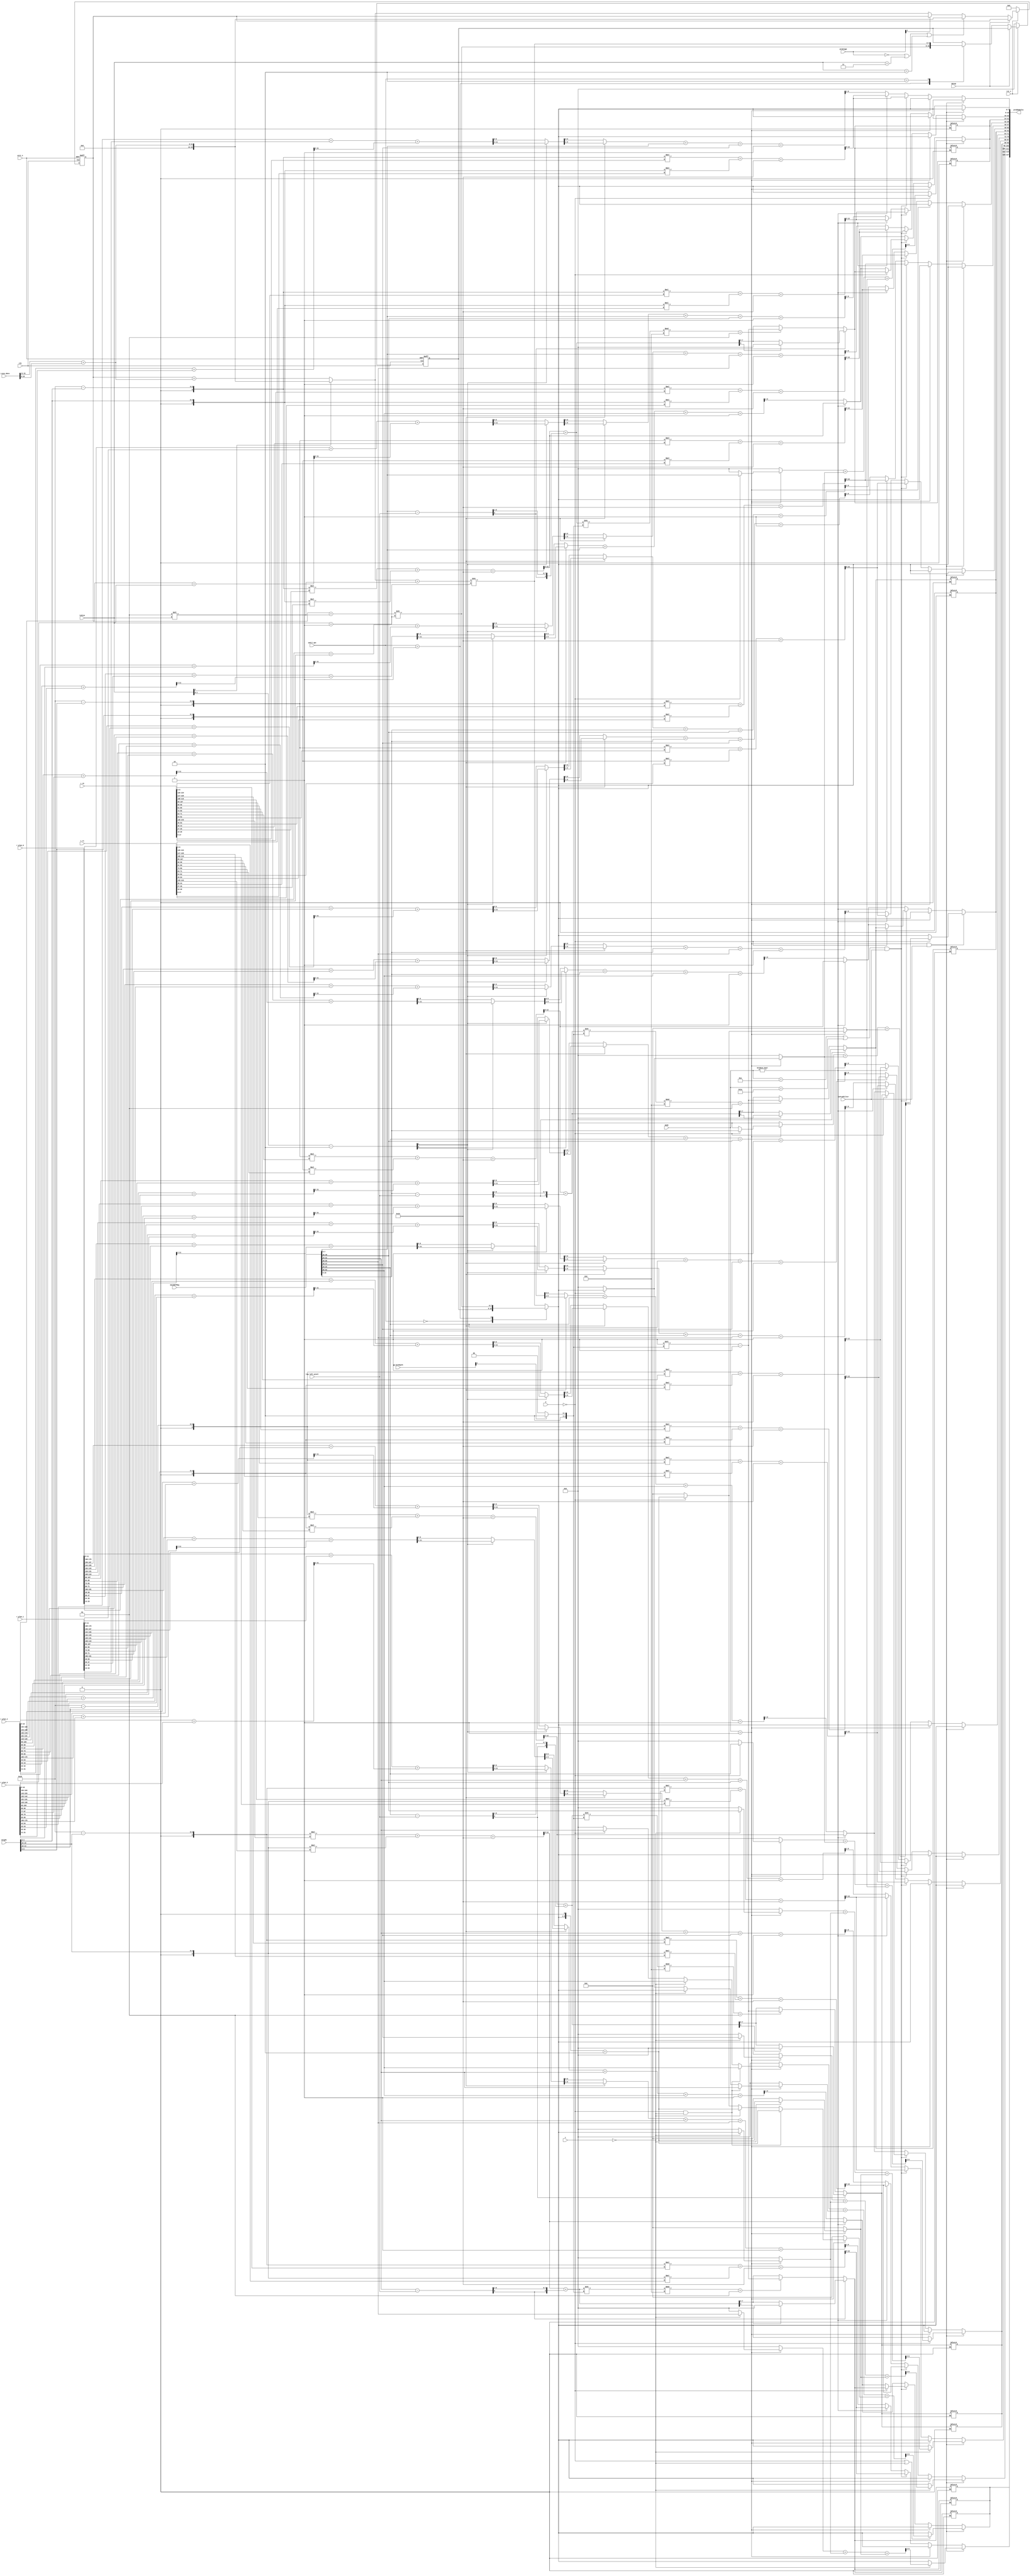
`timescale 1ns/1ps


module intra_pred_l2
#(
  parameter 				ref_size = 8,
  parameter					bitDepth=8,
  parameter 				ref_DW = bitDepth*ref_size,			// ref_size*8
  parameter 				ANG_BDEPTH = bitDepth+5,
  parameter 				PLA_2_BDEPTH = bitDepth+3
  )
(
	clk
	,arst_n
	,rst_n
	,bStop
	,weight
	,mainRefReg
	,predSamples
	,mode
	,top_left_pixel
	,X
	,Y
	,preStage
	,DC_xxxx_data
	,isPredFilter
	,tuSize
	,gp_bitDepth
	,r_r0
	,r_r1
//	,r_ang_0
//	,r_ang_1
	,r_plan_0
	,r_plan_1
	,r_plan_2
	,r_plan_3
	,unFil_opt
);


  input							clk,arst_n,rst_n,bStop;
  input [2:0] 					tuSize;
  input [ref_size*bitDepth-1:0] mainRefReg; //  8x8
  input [bitDepth-1:0] 			top_left_pixel;
  input [5:0] 					mode;
  input 						isPredFilter;
  input [3:0]					gp_bitDepth;
  input [3:0]					preStage;
  input [1:0]					unFil_opt;
  
  input [19:0] weight;
  reg [4:0] w[3:0] ;
 
  output  reg [(bitDepth)*16-1:0] predSamples;     //9 x 16
  reg [(bitDepth-1):0] refm [ref_size-1:0];
  input [2:0]  X,Y;
  input	[(bitDepth+3)*2-1:0]   	DC_xxxx_data;
  
  reg [bitDepth-1:0] predPixel [3:0][3:0];
  
  wire [3:0] bdepth_8_10 = gp_bitDepth[1]? 10:8;
  	
  input [(bitDepth+1)*16-1:0]		r_r0,r_r1;		
  input [(bitDepth+4)*16-1:0]	 	r_plan_0,r_plan_1; 
  input [PLA_2_BDEPTH*16-1:0]	 	r_plan_2; 
  input [PLA_2_BDEPTH*16-1:0]	 	r_plan_3; 
//  input [ANG_BDEPTH*16-1:0]	 		r_ang_0,r_ang_1; 
 
 
generate genvar k;
	for(k=0;k<ref_size;k=k+1)begin: xk
		always @(*) begin
			refm[k] =mainRefReg[bitDepth*8-1-bitDepth*k:bitDepth*7-bitDepth*k];
		end
	end
endgenerate

generate genvar u;
   for(u=0;u<4;u=u+1)begin: xu
		always @(*) begin
			w[u]=weight[19-5*u:15-5*u];
		end
	end
endgenerate


	reg [bitDepth-1:0] a [3:0][3:0];
	reg [bitDepth-1:0] a_ [3:0][3:0];
	reg signed [bitDepth:0] b [3:0];
	reg signed [bitDepth:0] c [3:0];
	reg signed [bitDepth:0] r0[3:0][3:0], r1[3:0][3:0];
//	reg signed [bitDepth:0] r0_[3:0][3:0], r1_[3:0][3:0];
	reg [2:0] t0[3:0][3:0];
	reg  [5:0] w0[3:0][3:0], w1[3:0][3:0];
	reg signed [ANG_BDEPTH:0] mul2_sum [3:0][3:0]; 		//150
	reg signed [bitDepth+4:0] t [3:0][3:0]; 			//120
	reg signed [bitDepth+4:0] t1 [3:0][3:0]; 			//120
	reg signed [bitDepth+4:0] t2 [3:0][3:0]; 			//120
	reg  [1:0]  tm2; 



	reg signed	 [bitDepth+3:0]	plan_0[3:0][3:0], plan_1[3:0][3:0];
	reg  signed	 [PLA_2_BDEPTH-1:0]	plan_2[3:0][3:0];
	reg  signed	 [PLA_2_BDEPTH-1:0]	plan_3[3:0][3:0];
	reg  signed  [PLA_2_BDEPTH:0]	tmp [3:0][3:0];
	


reg [bitDepth+3:0] 					DC_xxxxx;
reg [bitDepth+7:0] 					DC_unShift;
reg [bitDepth+7:0] 					DC_unShift_temp;
reg [6:0] 							dev;
reg [2:0] 							shift;
reg [bitDepth-1:0] 					unFilDC;
reg [bitDepth-1:0]					unFilDC_;
reg [bitDepth-1:0]  				unFilDC_5,unFilDC_432;

reg signed [ANG_BDEPTH-1:0] 		ang_0[3:0][3:0],ang_1 [3:0][3:0]; 		//150
reg [bitDepth+1:0] 					dc1_9bit[3:0][3:0];
reg [bitDepth-1:0] 					dc2_8bit[3:0][3:0] ,dc3_8bit[3:0][3:0];
reg [bitDepth+2:0] 					DC_xxxx[1:0];

always @(posedge clk or negedge arst_n) begin
	if(~arst_n)
		{DC_unShift,unFilDC_} <= 0;
	else if(~rst_n)
		{DC_unShift,unFilDC_} <= 0;
	else begin
	    if(!bStop) begin
			if(preStage == 4'd0 || tuSize == 3'd3 || tuSize==3'd2)
				DC_unShift <= DC_xxxxx;
			else if(preStage[3]!=1)
				DC_unShift <= DC_unShift_temp; 
		
			case(unFil_opt)
			3'd1:unFilDC_ <= (DC_unShift+dev)>>shift;
			3'd2:unFilDC_ <= (DC_unShift_temp+dev)>>shift;
			default:;
			endcase
		end
	
	
	end
end




always @(*) begin
	tm2 = tuSize-2;
	{r0[0][0],r0[0][1],r0[0][2],r0[0][3],
	r0[1][0],r0[1][1],r0[1][2],r0[1][3],
	r0[2][0],r0[2][1],r0[2][2],r0[2][3],
	r0[3][0],r0[3][1],r0[3][2],r0[3][3]}   = r_r0;
	
	{r1[0][0],r1[0][1],r1[0][2],r1[0][3],
	r1[1][0],r1[1][1],r1[1][2],r1[1][3],
	r1[2][0],r1[2][1],r1[2][2],r1[2][3],
	r1[3][0],r1[3][1],r1[3][2],r1[3][3]}   = r_r1;
	
	
	{DC_xxxx[0],DC_xxxx[1]} = DC_xxxx_data;
	DC_xxxxx = DC_xxxx[0] + DC_xxxx[1];
	DC_unShift_temp = DC_unShift + DC_xxxxx;
	if(tuSize[1])	//tuSize==2 or 3; 
		DC_unShift_temp = DC_xxxxx;
	
	dev = (1<<tuSize);
	shift = tuSize+1;
	unFilDC_5 = (DC_unShift+dev)>>shift;
	unFilDC_432 = (DC_unShift_temp+dev)>>shift;
	unFilDC = unFilDC_;
	case(unFil_opt)
	3'd0:unFilDC = unFilDC_;
	3'd1:unFilDC = unFilDC_5;//(DC_unShift+dev)>>shift;
	default:unFilDC = unFilDC_432;//(DC_unShift_temp+dev)>>shift;
	endcase
	
	
	/*{r0_[0][0],r0_[0][1],r0_[0][2],r0_[0][3],
	r0_[1][0],r0_[1][1],r0_[1][2],r0_[1][3],
	r0_[2][0],r0_[2][1],r0_[2][2],r0_[2][3],
	r0_[3][0],r0_[3][1],r0_[3][2],r0_[3][3]} = r_r0_;
	
	{r1_[0][0],r1_[0][1],r1_[0][2],r1_[0][3],
	r1_[1][0],r1_[1][1],r1_[1][2],r1_[1][3],
	r1_[2][0],r1_[2][1],r1_[2][2],r1_[2][3],
	r1_[3][0],r1_[3][1],r1_[3][2],r1_[3][3]} = r_r1_;*/
/*	{plan_0[0][0],plan_0[0][1],plan_0[0][2],plan_0[0][3],
	plan_0[1][0],plan_0[1][1],plan_0[1][2],plan_0[1][3],
	plan_0[2][0],plan_0[2][1],plan_0[2][2],plan_0[2][3],
	plan_0[3][0],plan_0[3][1],plan_0[3][2],plan_0[3][3]} = r_plan_0;
	{plan_1[0][0],plan_1[0][1],plan_1[0][2],plan_1[0][3],
	plan_1[1][0],plan_1[1][1],plan_1[1][2],plan_1[1][3],
	plan_1[2][0],plan_1[2][1],plan_1[2][2],plan_1[2][3],
	plan_1[3][0],plan_1[3][1],plan_1[3][2],plan_1[3][3]} = r_plan_1;
	{plan_2[0][0],plan_2[0][1],plan_2[0][2],plan_2[0][3],
	plan_2[1][0],plan_2[1][1],plan_2[1][2],plan_2[1][3],
	plan_2[2][0],plan_2[2][1],plan_2[2][2],plan_2[2][3],
	plan_2[3][0],plan_2[3][1],plan_2[3][2],plan_2[3][3]} = r_plan_2;*/
end

generate genvar i,j;
	for(i=0;i<4; i=i+1)begin	:xi		//i: row
		always @(*)  begin
			c [i] = ($signed({1'b0,refm[4+i]}-{1'b0,top_left_pixel})>>>1);    // here has problem, about refm[4+i] in pixel_ctrl
			b [i] = a[i][0]+c[i];
			predSamples[bitDepth*16-1-bitDepth*(4*i):bitDepth*12-bitDepth*(4*i)] = {predPixel[i][0],predPixel[i][1],predPixel[i][2],predPixel[i][3]};
			 {plan_0[i][0],plan_0[i][1],plan_0[i][2],plan_0[i][3]}=r_plan_0[(bitDepth+4)*16-1-(bitDepth+4)*(4*i):(bitDepth+4)*12-(bitDepth+4)*(4*i)];
			 {plan_1[i][0],plan_1[i][1],plan_1[i][2],plan_1[i][3]}=r_plan_1[(bitDepth+4)*16-1-(bitDepth+4)*(4*i):(bitDepth+4)*12-(bitDepth+4)*(4*i)];
			 {plan_2[i][0],plan_2[i][1],plan_2[i][2],plan_2[i][3]}=r_plan_2[PLA_2_BDEPTH*16-1-PLA_2_BDEPTH*(4*i):PLA_2_BDEPTH*12-PLA_2_BDEPTH*(4*i)];
			 {plan_3[i][0],plan_3[i][1],plan_3[i][2],plan_3[i][3]}=r_plan_3[PLA_2_BDEPTH*16-1-PLA_2_BDEPTH*(4*i):PLA_2_BDEPTH*12-PLA_2_BDEPTH*(4*i)];
//			 {ang_0[i][0],ang_0[i][1],ang_0[i][2],ang_0[i][3]}=r_ang_0[ANG_BDEPTH*16-1-ANG_BDEPTH*(4*i):ANG_BDEPTH*12-ANG_BDEPTH*(4*i)];
//			 {ang_1[i][0],ang_1[i][1],ang_1[i][2],ang_1[i][3]}=r_ang_1[ANG_BDEPTH*16-1-ANG_BDEPTH*(4*i):ANG_BDEPTH*12-ANG_BDEPTH*(4*i)];
		//	 {ang_1[i][0],ang_1[i][1],ang_1[i][2],ang_1[i][3]}=r_ang_1[(bitDepth+6)*16-1-(bitDepth+6)*(4*i):(bitDepth+6)*12-(bitDepth+6)*(4*i)];

		end
		for(j=0 ;j<4;j=j+1) begin: xj		//j: col
			always @(*)  begin
				//angular modes	  
				w0[i][j]=32-w[i];
				w1[i][j]=w[i];
		//		r0[i][j]= r_r0[(bitDepth+1)*16-1-(bitDepth+1)*(4*i+j):15*(bitDepth+1)*(4*i+j)];		//refm[t0[i][j]];
		//		r1[i][j]= r_r1[(bitDepth+1)*16-1-(bitDepth+1)*(4*i+j):15*(bitDepth+1)*(4*i+j)];		//refm[t0[i][j]+1];
				mul2_sum[i][j] = $signed({1'b0,w0[i][j]})*r0[i][j]+ $signed({1'b0,w1[i][j]})*r1[i][j] ;
		//		mul2_sum[i][j] = ang_0[i][j]+ ang_1[i][j] ;
				a [i][j] = (mul2_sum[i][j]+16)>>5;   
				
				
				//planar modes
			//	r0_[i][j]= 	r_r0_[(bitDepth+1)*16-1-(bitDepth+1)*(4*i+j):15*(bitDepth+1)*(4*i+j)];	//$signed({1'b0,top_right_pixel}-{1'b0,refm[4+i]});
			//	r1_[i][j]=  r_r1_[(bitDepth+1)*16-1-(bitDepth+1)*(4*i+j):15*(bitDepth+1)*(4*i+j)];		//$signed({1'b0,bottom_left_pixel}-{1'b0,refm[j]});

				tmp[i][j] =  plan_2[i][j]+plan_3[i][j];
			//	t[i][j] = $signed({1'b0,X})*r0_[i][j] + $signed({1'b0,Y})*r1_[i][j] + (((r0_[i][j]*(j+1)) + (r1_[i][j]*(i+1))) >> 2);
				t[i][j] = plan_0[i][j] +(plan_1[i][j])+ (tmp[i][j]>>>2);
				t1[i][j]= tm2[1]? {2'b00,t[i][j][bitDepth+4:2]}:t[i][j];//  (mul2_sum_[i][j]>>4);
				t2[i][j]= tm2[0]? {1'b0,t1[i][j][bitDepth+4:1]}:t1[i][j];
				a_ [i][j] = (t2[i][j] + refm[4+i] + refm[j] + 1) >> 1; 
				
				
				dc2_8bit[i][j] =0; dc3_8bit[i][j] = 0;   dc1_9bit[i][j] = 0;   
				if(mode==1) begin
					if(i==0 && j==0 && X==0 && Y==0)
						begin  dc2_8bit[i][j] = refm[0];   dc3_8bit[i][j] = refm[4];   dc1_9bit[i][j] = ((unFilDC<<1)+2);     end
					else if  (i ==0 &&  Y==0)
						begin  dc2_8bit[i][j] = refm[j];   dc3_8bit[i][j] = unFilDC;   dc1_9bit[i][j] = ((unFilDC<<1)+2);     end
					else if  (j ==0 && !X ) 
						begin  dc2_8bit[i][j] = refm[4+i]; dc3_8bit[i][j] = unFilDC;   dc1_9bit[i][j] = ((unFilDC<<1)+2);   end
				end
			end 
   
		   always @ (*)begin			   //with intraPredAngle==0 filtering 
				predPixel[i][j] = {a_[i][j]};
				if(mode!=0)
					predPixel[i][j] = a [i][j]; 
					  // when planar, save the above[]
				if((mode == 10 || mode == 26) && isPredFilter)  begin      
					if(j==0 && X==0)
						if(c[i][bitDepth]==0)
							predPixel[i][0] = (b[i]>>bdepth_8_10)%2==1? ((1<<bdepth_8_10)-1): b[i][bitDepth-1:0];
						else
							predPixel[i][0] = b[i][bitDepth]==1? 0: b[i][bitDepth-1:0] ;
					else if(j!=0)
						predPixel[i][j] =  a [i][j];
					end
					
					if(mode == 1 && isPredFilter) begin
						if((j ==0 && X==0) || (i ==0 &&  Y==0 ))
							predPixel[i][j] = ((dc2_8bit[i][j]+dc3_8bit[i][j]+dc1_9bit[i][j])>>2);
						else 
							predPixel[i][j] = unFilDC;
						end
					else if(mode==1)
						predPixel[i][j] = unFilDC;  //((dc_ref_0123+HALF_PU_SIZE)>>2);
			end
		end 		
	end
endgenerate
  
endmodule